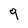
Character: 9